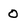
Character: O